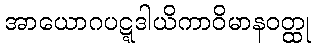
အာယောဂပဋ္ဋဒါယိကာဝိမာနဝတ္ထု